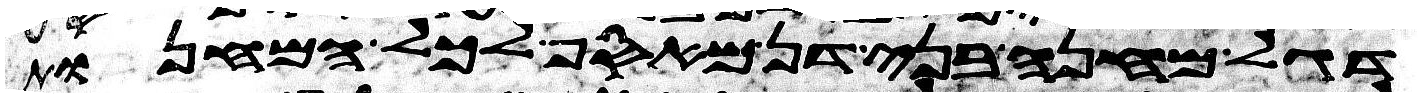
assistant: דגל מחנה בני דן מאסף לכל המחנות